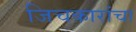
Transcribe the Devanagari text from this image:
जिचकारांचा